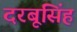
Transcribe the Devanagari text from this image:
दरबूसिंह